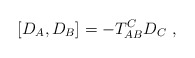
\begin{align*}\left[ D_{A},D_{B}\right] =-T_{AB}^{C}D_{C}\ , \end{align*}